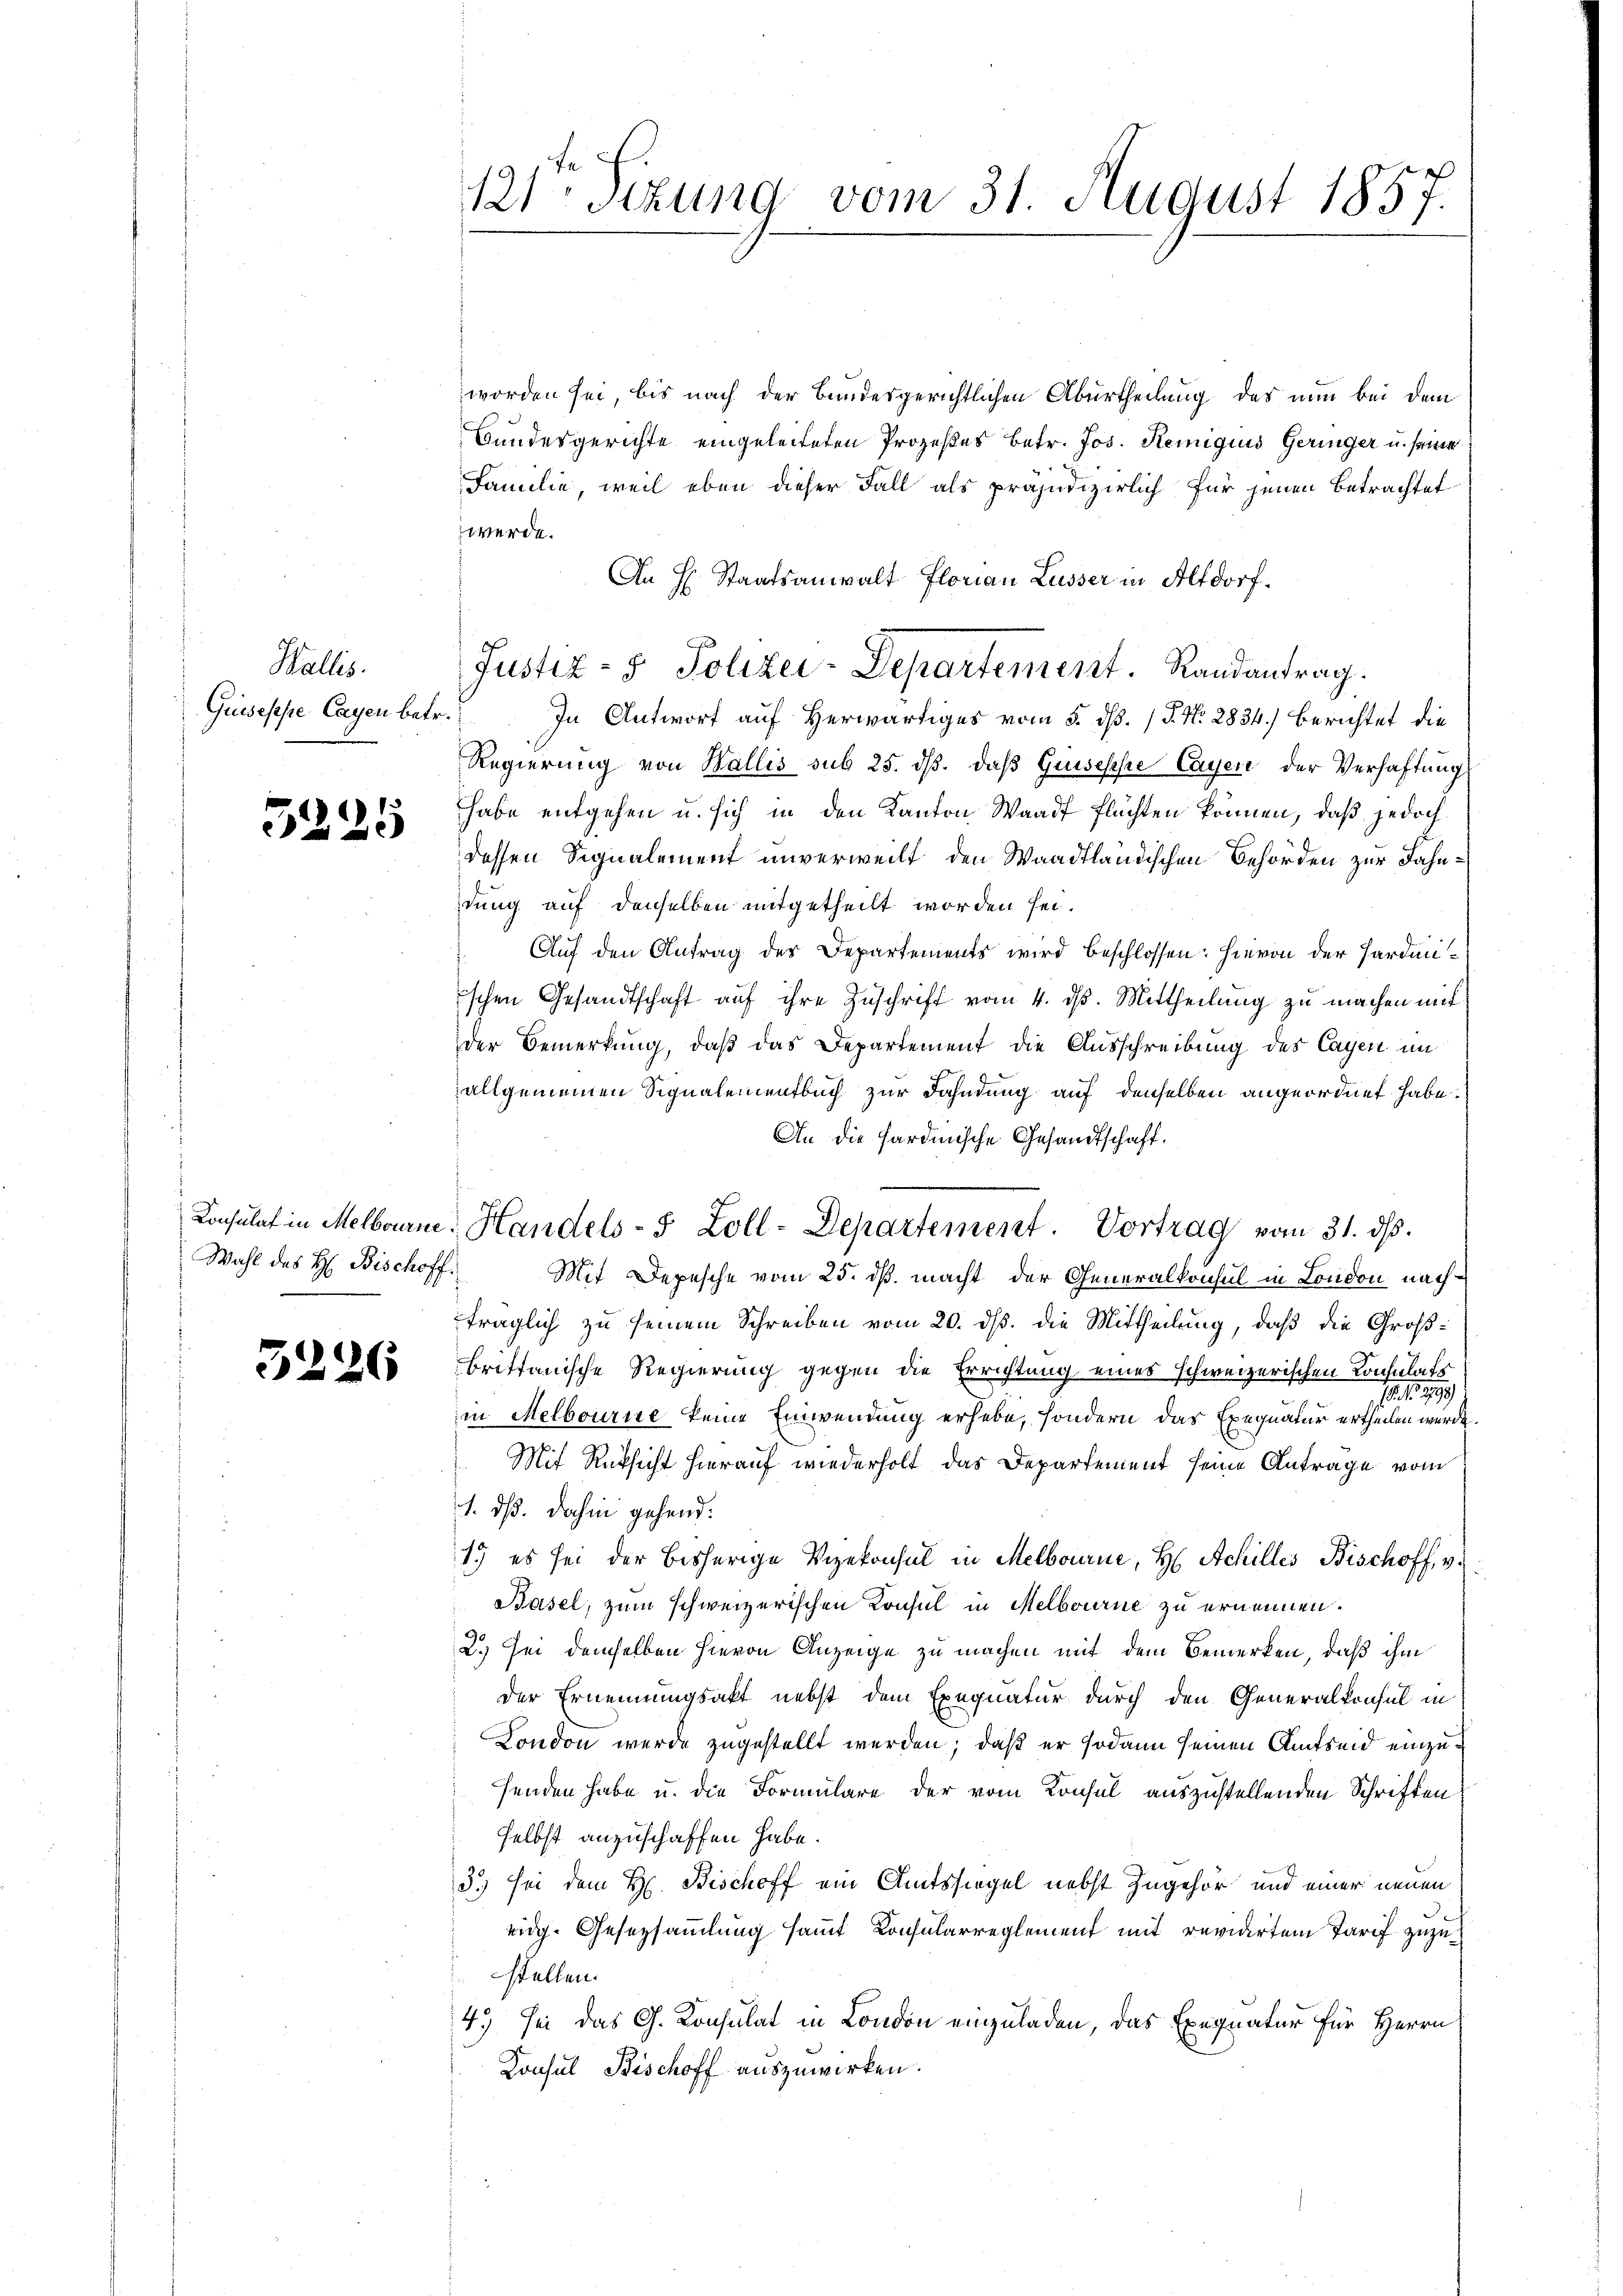
Wallis.
Guiseppe Cayen betr.

5225

worden sei, bis nach der Bundesgerichtlichen Aburtheilung des nun bei dem
Bundesgerichte eingeleiteten Prozeßes betr. Jos. Remiquis Geringer u. seine
Familie, weil eben dieser Fall als präjudizierlich für jenen Betrachtet
werde.
An H. Staatsanwalt Florian Lusser in Altdorf,
In Antwort auf Herwärtiges vom 5. dß. / P. Nr. 2834) berichtet die
Regierung von Wallis sub 25. ds. daß Guisesche Cayen der Verhaftung
habe entgehen u. sich in den Kanton Waadt flüchten können, daß jedoch
dessen Signalement unverweilt den Waadtländischen Behörden zur Fahndung auf denselben mitgetheilt worden sei.
Auf den Antrag des Departements wird beschlossen: hievon der Hardmischen Gesandtschaft aŭf ihre Zuschrift vom 4. d. Mittheilung zu machen mit
der Bemerkung, daß das Departement die Ausschreibung des Cayen im
allgemeinen Signalementbuch zur Fahndung auf denselben angeordnet habe.
An die fardische Gesandtschaft.
Konsulat in Melborne Handels- 5 Zoll-Departement. Vortrag vom 31. ds.
Wahl des H. Bischoff Mit Depesche vom 25. ds. macht der Generalkonsul in London nachträglich zu seinem Schreiben vom 20. dß. die Mittheilung, daß die Großbrittanische Regierung gegen die Errichtung eines schweizerischen von eine
in Melbourne keine Einwendung erhebe, sondern das Exequatur ertheilen werde.
Mit Rücksicht hierauf wiederholt das Departement seine Antrage vom
1. ds. dahin gehend:
1) es sei der bisherige Vizekonsul in Melbourne, H. Achilles Bischoff, v.
Basel, zum schweizerischen Konsul in Melbourne zu ernennen.
2.) Sei demselben hievon Anzeige zu machen mit dem Bemerken, daß ihm
der Ernennungsakt nebst dem Exequatur durch den Generalkonsul in
London werde zugestellt werden; daß er sodann seinen Amtseid einzusenden habe u. die Formulare der vom Konsul auszustellenden Schriften
selbst anzuschaffen habe.
3.) Sei dem H. Bischoff ein Amtssiegel nebst zugehör und einer neuen
eidg. Gesetzsammlung sammt Konsularreglement mit revidirten Tarif zuzustellen.
4.) sei das G. Konsulat in London einzuladen, das Exequatur für Herrn
Konsul Bischoff auszuwirken.

.

5226

121: Sizung vom 31. August 1857.

Justiz- & Polizei-Departement. Randantrag.